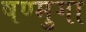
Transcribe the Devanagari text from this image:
षण्मुगा